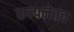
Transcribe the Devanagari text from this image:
कल्पनेतच